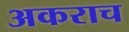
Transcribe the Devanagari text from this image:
अकराच